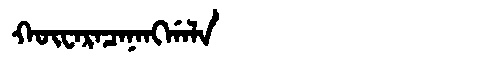
Manchu: ᡴᡡᠸᠠᡵᠠᠴᠠᠨᠠᠩᡤᠠᠯᠠ
Romanization: KŪWARACANANGGALA